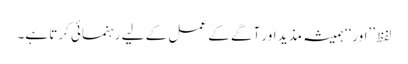
لفظ ’’اور‘‘ ہمیشہ مذید اور آگے کے عمل کے لیے رہنمائی کرتا ہے۔